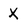
Character: x